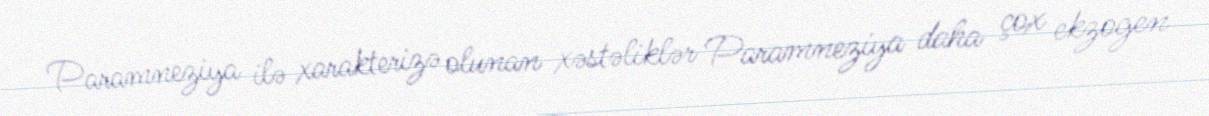
Paramneziya ilə xarakterizə olunan xəstəliklər Paramneziya daha çox ekzogen